Lunatic asylums in Bengal annual reports 1888-1898 - 1888-1898
Year: 1888
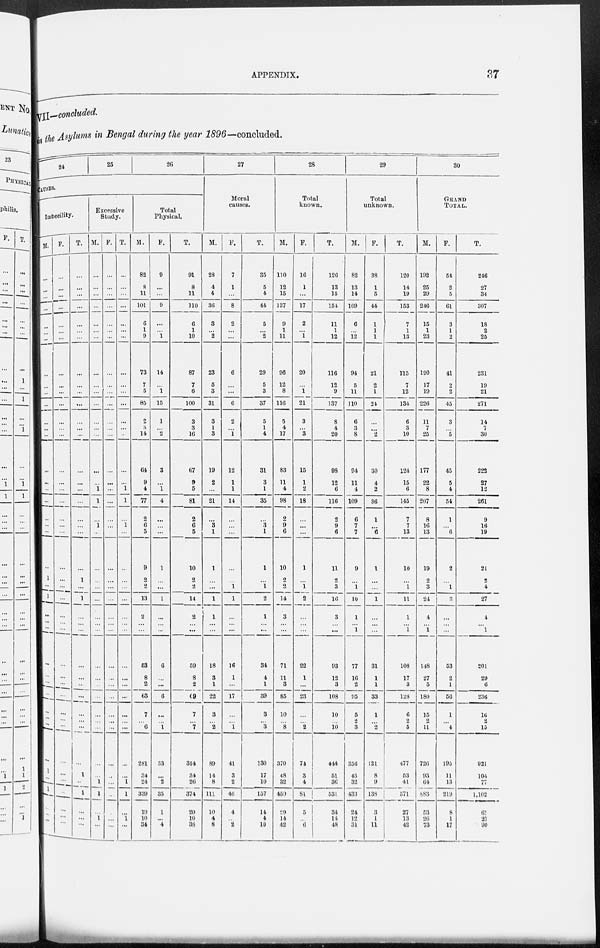
APPENDIX.
37
VII—concluded.
in the Asylums in Bengal during the year 1896—concluded.
24
25
26
CAUSES.
Imbecility.
M.
...
...
...
...
...
...
...
...
...
...
...
...
...
...
...
...
...
...
...
...
...
...
1
...
1
...
...
...
...
...
...
...
...
...
...
...
1
...
1
...
...
...
F.
...
...
...
...
...
...
...
...
...
...
...
...
...
...
...
...
...
...
...
...
...
...
...
...
...
...
...
...
...
...
...
...
...
...
...
...
...
...
...
...
...
...
T.
...
...
...
...
...
...
...
...
...
...
...
...
...
...
...
...
...
...
...
...
...
...
1
...
1
...
...
...
...
...
...
...
...
...
...
...
1
...
1
...
...
...
Excessive
Study.
M.
...
...
...
...
...
...
...
...
...
...
...
...
...
...
...
...
1
1
...
1
...
...
...
...
...
...
...
...
...
...
...
...
...
...
...
...
...
1
1
...
1
...
F.
...
...
...
...
...
...
...
...
...
...
...
...
...
...
...
...
...
...
...
...
...
...
...
...
...
...
...
...
...
...
...
...
...
...
...
...
...
...
...
...
...
...
T.
...
...
...
...
...
...
...
...
...
...
...
...
...
...
...
...
1
1
...
1
...
...
...
...
...
...
...
...
...
...
...
...
...
...
...
...
...
1
1
...
1
...
Total
Physical.
M.
82
8
11
101
6
1
9
73
7
5
85
2
8
14
64
9
4
77
2
6
5
9
2
2
13
2
...
...
53
8
2
63
7
...
6
281
34
24
339
19
10
34
F.
9
...
...
9
...
...
1
14
...
1
15
1
...
2
3
...
1
4
...
...
...
1
...
...
1
...
...
...
6
...
...
6
...
...
1
33
...
2
35
1
...
4
T.
91
8
11
110
6
1
10
87
7
6
100
3
8
16
67
9
5
81
2
6
5
10
2
2
14
2
...
...
59
8
2
69
7
...
7
314
34
26
374
20
10
38
27
Moral
causes.
M.
28
4
4
36
3
...
2
23
5
3
31
3
1
3
19
2
...
21
...
3
1
1
...
...
1
1
...
...
18
3
1
22
3
...
2
89
14
8
111
10
4
8
F.
7
1
...
8
2
...
...
6
...
...
6
2
...
1
12
1
1
14
...
...
...
...
...
1
1
...
...
...
16
1
...
17
...
...
1
41
3
2
46
4
...
2
T.
35
5
4
44
5
...
2
29
5
3
37
5
1
4
31
3
1
35
...
3
1
1
...
1
2
1
...
...
34
4
1
39
3
...
3
130
17
10
157
14
4
10
28
Total
known.
M.
110
12
15
137
9
1
11
96
12
8
116
5
4
17
83
11
4
98
2
9
6
10
2
2
14
3
...
...
71
11
3
85
10
...
8
370
48
32
450
29
14
42
F.
16
1
...
17
2
...
1
20
...
1
21
3
...
3
15
1
2
18
...
...
...
1
...
1
2
...
...
...
22
1
...
23
...
...
2
74
3
4
81
5
...
6
T.
126
13
15
154
11
1
12
116
12
9
137
8
4
20
98
12
6
116
2
9
6
11
2
3
16
3
...
...
93
12
3
108
10
...
l0
444
51
36
531
34
14
48
29
Total
unknown.
M.
82
13
14
109
6
...
12
94
5
11
110
6
3
8
94
11
4
109
6
7
7
9
...
1
10
1
... 1
77
16
2
95
5
2
3
356
45
32
433
24
12
31
F.
38
1
5
44
1
1
1
21
2
1
24
...
...
2
30
4
2
36
1
...
6
1
...
...
1
...
...
...
31
1
1
33
1
...
2
121
8
9
138
3
1
11
T.
120
14
19
153
7
1
13
115
7
12
134
6
3
10
124
15
6
145
7
7
13
10
...
1
11
1
...
1
108
17
3
128
6
2
5
477
53
41
571
27
13
42
30
GRAND
TOTAL.
M.
192
25
29
246
15
1
23
190
17
19
226
11
7
25
177
22
8
207
8
16
13
19
2
3
24
4
... 1
148
27
5
180
15
2
11
726
93
64
883
53
26
73
F.
54
2
5
61
3
1
2
41
2
2
45
3
...
5
45
5
4
54
1
...
6
2
...
1
3
...
...
...
53
2
1
56
1
...
4
195
11
13
219
8
1
17
T.
246
27
34
307
18
2
25
231
19
21
271
14
7
30
222
27
12
261
9
16
19
21
2
4
27
4
...
1
201
29
6
236
16
2
15
921
104
77
1,102
61
27
90